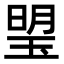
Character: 琞